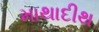
માથાદીથ